Quinine and its salts - Number 41
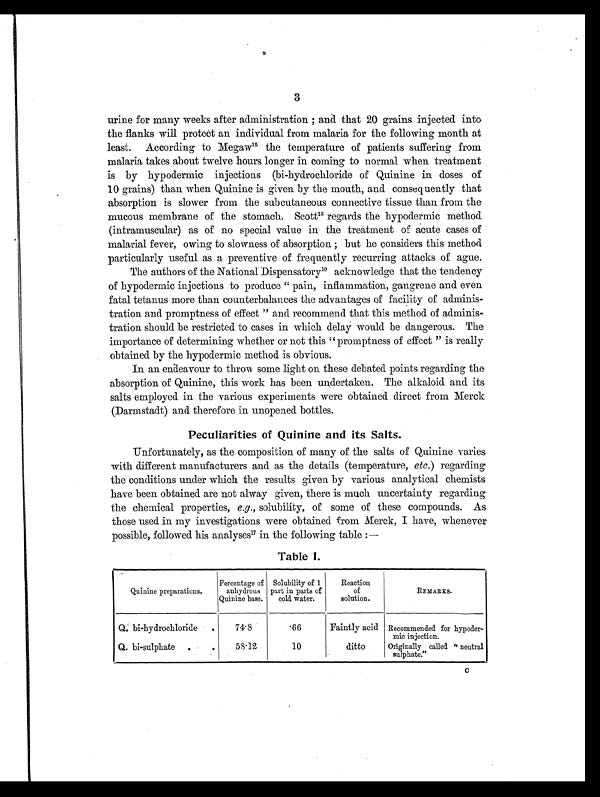
3
urine for many weeks after administration; and that 20 grains injected into
the flanks will protect an individual from malaria for the following month at
least. According to Megaw 1 5
t h e t e m p e r a t u r e o f p a t i e n t s s u f f e r i n g f r o m
malaria takes about twelve hours longer in coming to normal when treatment
is by hypodermic injections (bi-hydrochloride of Quinine in doses of
10 grains) than when Quinine is given by the mouth, and consequently that
absorption is slower from the subcutaneous connective tissue than from the
mucous membrane of the stomach. Scott1 6
r e g a r d s t h e h y p o d e r m i c m e t h o d
(intramuscular) as of no special value in the treatment of acute cases of
malarial fever, owing to slowness of absorption; but he considers this method
particularly useful as a preventive of frequently recurring attacks of ague.
The authors of the National Dispensatory1 0
a c k n o w l e d g e t h a t t h e t e n d e n c y
of hypodermic injections to produce "pain, inflammation, gangrene and even
fatal tetanus more than counterbalances the advantages of facility of adminis-
tration and promptness of effect" and recommend that this method of adminis-
tration should be restricted to cases in which delay would be dangerous. The
importance of determining whether or not this "promptness of effect" is really
obtained by the hypodermic method is obvious.
In an endeavour to throw some light on these debated points regarding the
absorption of Quinine, this work has been undertaken. The alkaloid and its
salts employed in the various experiments were obtained direct from Merck
(Darmstadt) and therefore in unopened bottles.
Peculiarities of Quinine and its Salts.
Unfortunately, as the composition of many of the salts of Quinine varies
with different manufacturers and as the details (temperature, etc. ) regarding
the conditions under which the results given by various analytical chemists
have been obtained are not alway given, there is much uncertainty regarding
the chemical properties, e.g., solubility, of some of these compounds. As
those used in my investigations were obtained from Merck, I have, whenever
possible, followed his analyses17 in the following table:—
Table 1.
Quinine preparations.
Percentage of
anhydrous
Quinine base.
Solubility of 1
part in parts of
cold water.
Reaction
of
solution.
REMARKS.
Q. bi-hydrochloride .
74.8
.66
Faintly acid Recommended for hypoder-
mic injection.
Q. bi-sulphate .
.
58.12
10
ditto
Originally called "neutral
sulphate."
C